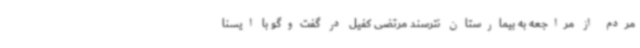
مردم از مراجعه به بیمارستان نترسند مرتضی کفیل در گفت‌وگو با ایسنا